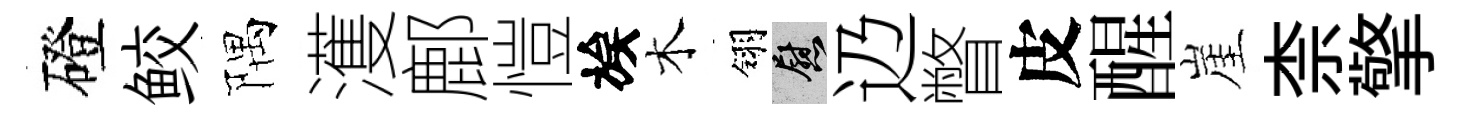
磴鲛隅濩鄜愷族木翎慰辸瞥皮醒崖柰擎